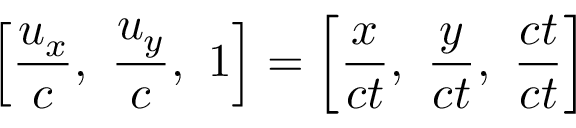
\left[ { \frac { u _ { x } } { c } } , \ { \frac { u _ { y } } { c } } , \ 1 \right] = \left[ { \frac { x } { c t } } , \ { \frac { y } { c t } } , \ { \frac { c t } { c t } } \right]